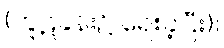
(ကူဋခန်း၌ ရေးခဲ့ပြီး)။